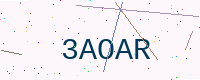
Text: 3AOAR